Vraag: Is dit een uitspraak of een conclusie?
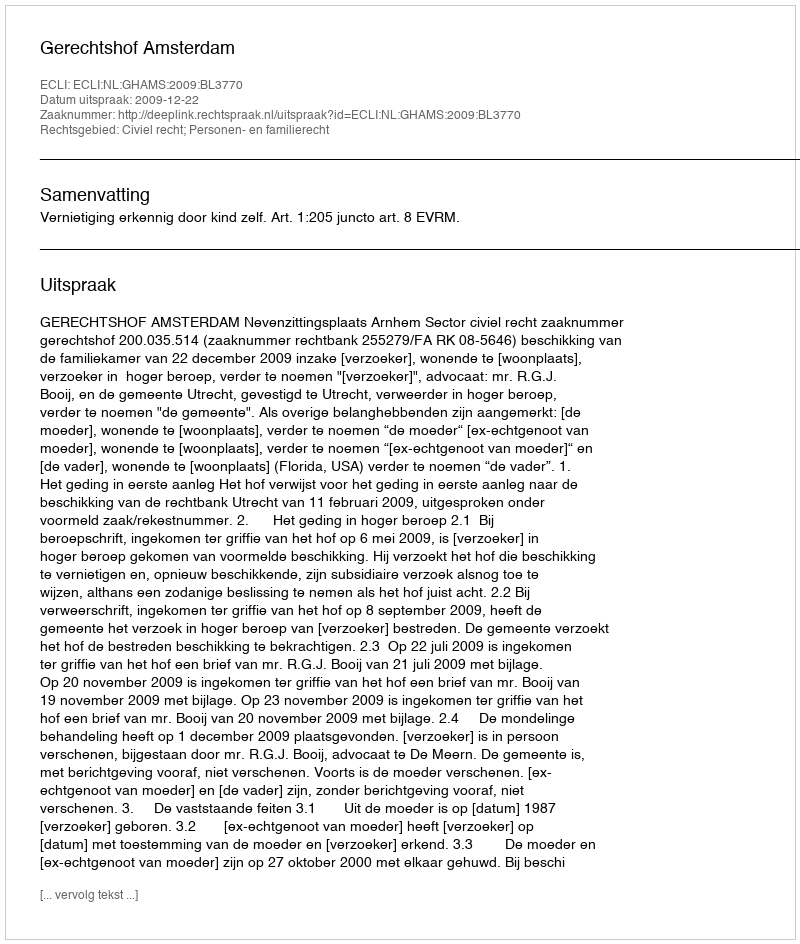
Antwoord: Uitspraak